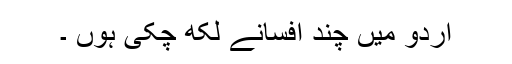
اردو میں چند افسانے لکھ چکی ہوں ۔